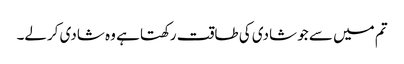
تم میں سے جو شادی کی طاقت رکھتا ہے وہ شادی کرلے۔